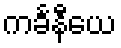
ကင်္ခနီယေ